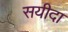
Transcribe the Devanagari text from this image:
सयीदा